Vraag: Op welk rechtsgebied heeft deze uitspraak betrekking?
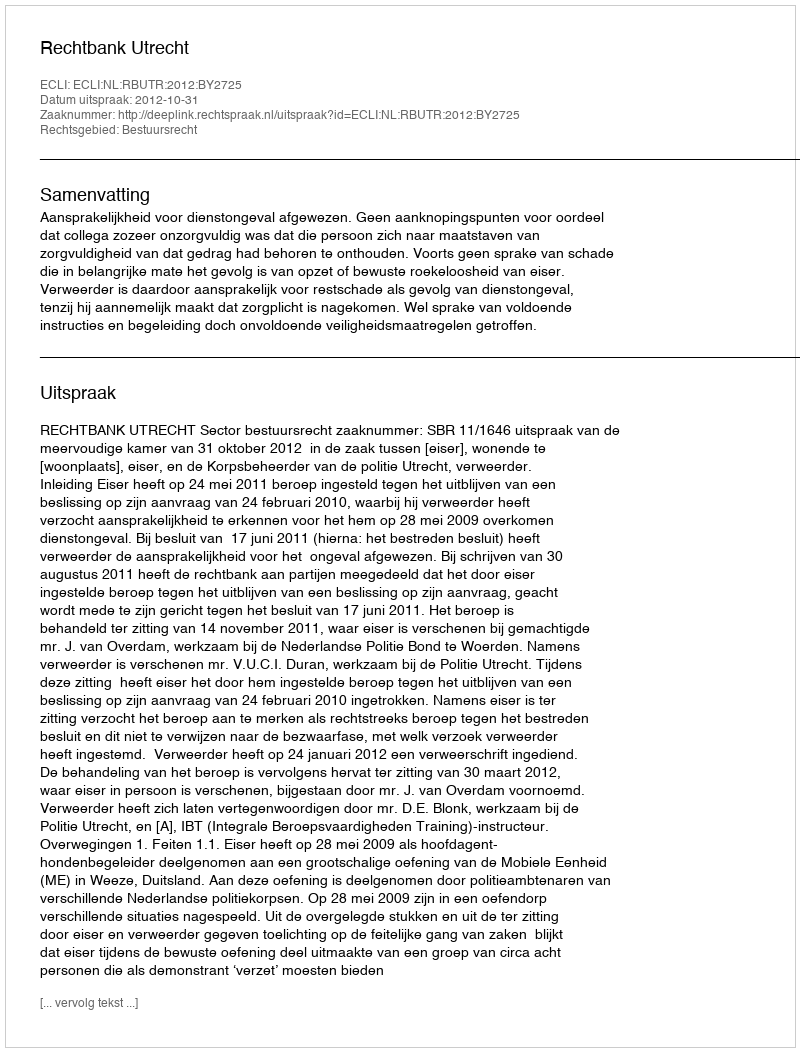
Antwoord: Bestuursrecht